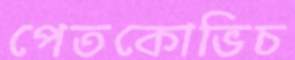
পেতকোভিচ